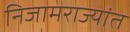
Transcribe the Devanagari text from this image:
निजामराज्यांत